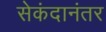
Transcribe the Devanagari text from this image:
सेकंदानंतर